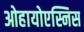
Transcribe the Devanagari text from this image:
ओहायोएस्निस